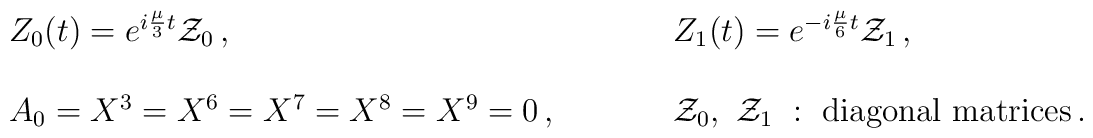
\begin{array}{ll}Z_{0}(t)=e^{i\frac{\mu}{3}t}{\cal Z}_{0}\,,~~~~&~~~~Z_{1}(t)=e^{-i\frac{\mu}{6}t}{\cal Z}_{1}\,,\\{}&{}\\A_{0}=X^{3}=X^{6}=X^{7}=X^{8}=X^{9}=0\,,~~~~&~~~~{\cal Z}_{0},~{\cal Z}_{1}~:~\mbox{diagonal~matrices}\,.\end{array}